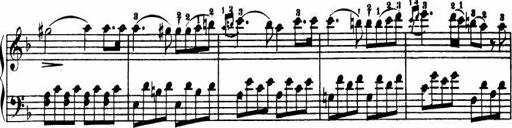
Title: Le bouquetier
Composer: Anton Diabelli
Key: G major
 C major
 F major
 C major